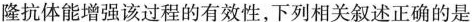
隆抗体能增强该过程的有效性，下列相关叙述正确的是